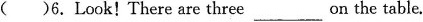
( )6.Look! There are three ___ on the table.